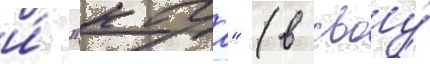
и́ "кага" (в своу́